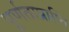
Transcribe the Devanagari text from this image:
पूर्णताप्राप्ति